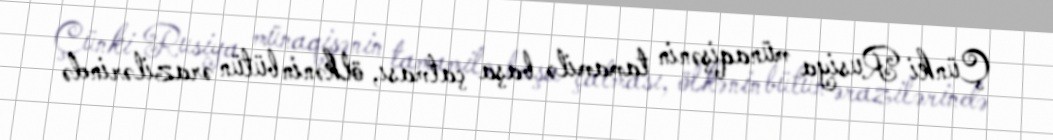
Çünki Rusiya münaqişənin tamamilə başa çatması, ölkənin bütün ərazilərində